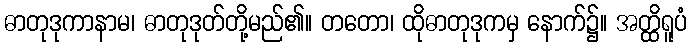
ဓာတုဒုကာနာမ၊ ဓာတုဒုတ်တို့မည်၏။ တတော၊ ထိုဓာတုဒုကမှ နောက်၌။ အတ္ထိရူပံ